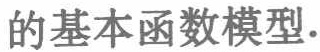
的基本函数模型.